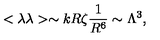
< \lambda \lambda > \sim k R \zeta \frac { 1 } { R ^ { 6 } } \sim \Lambda ^ { 3 } ,